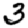
Digit: 3